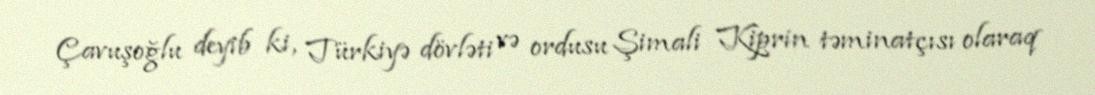
Çavuşoğlu deyib ki, Türkiyə dövləti və ordusu Şimali Kiprin təminatçısı olaraq